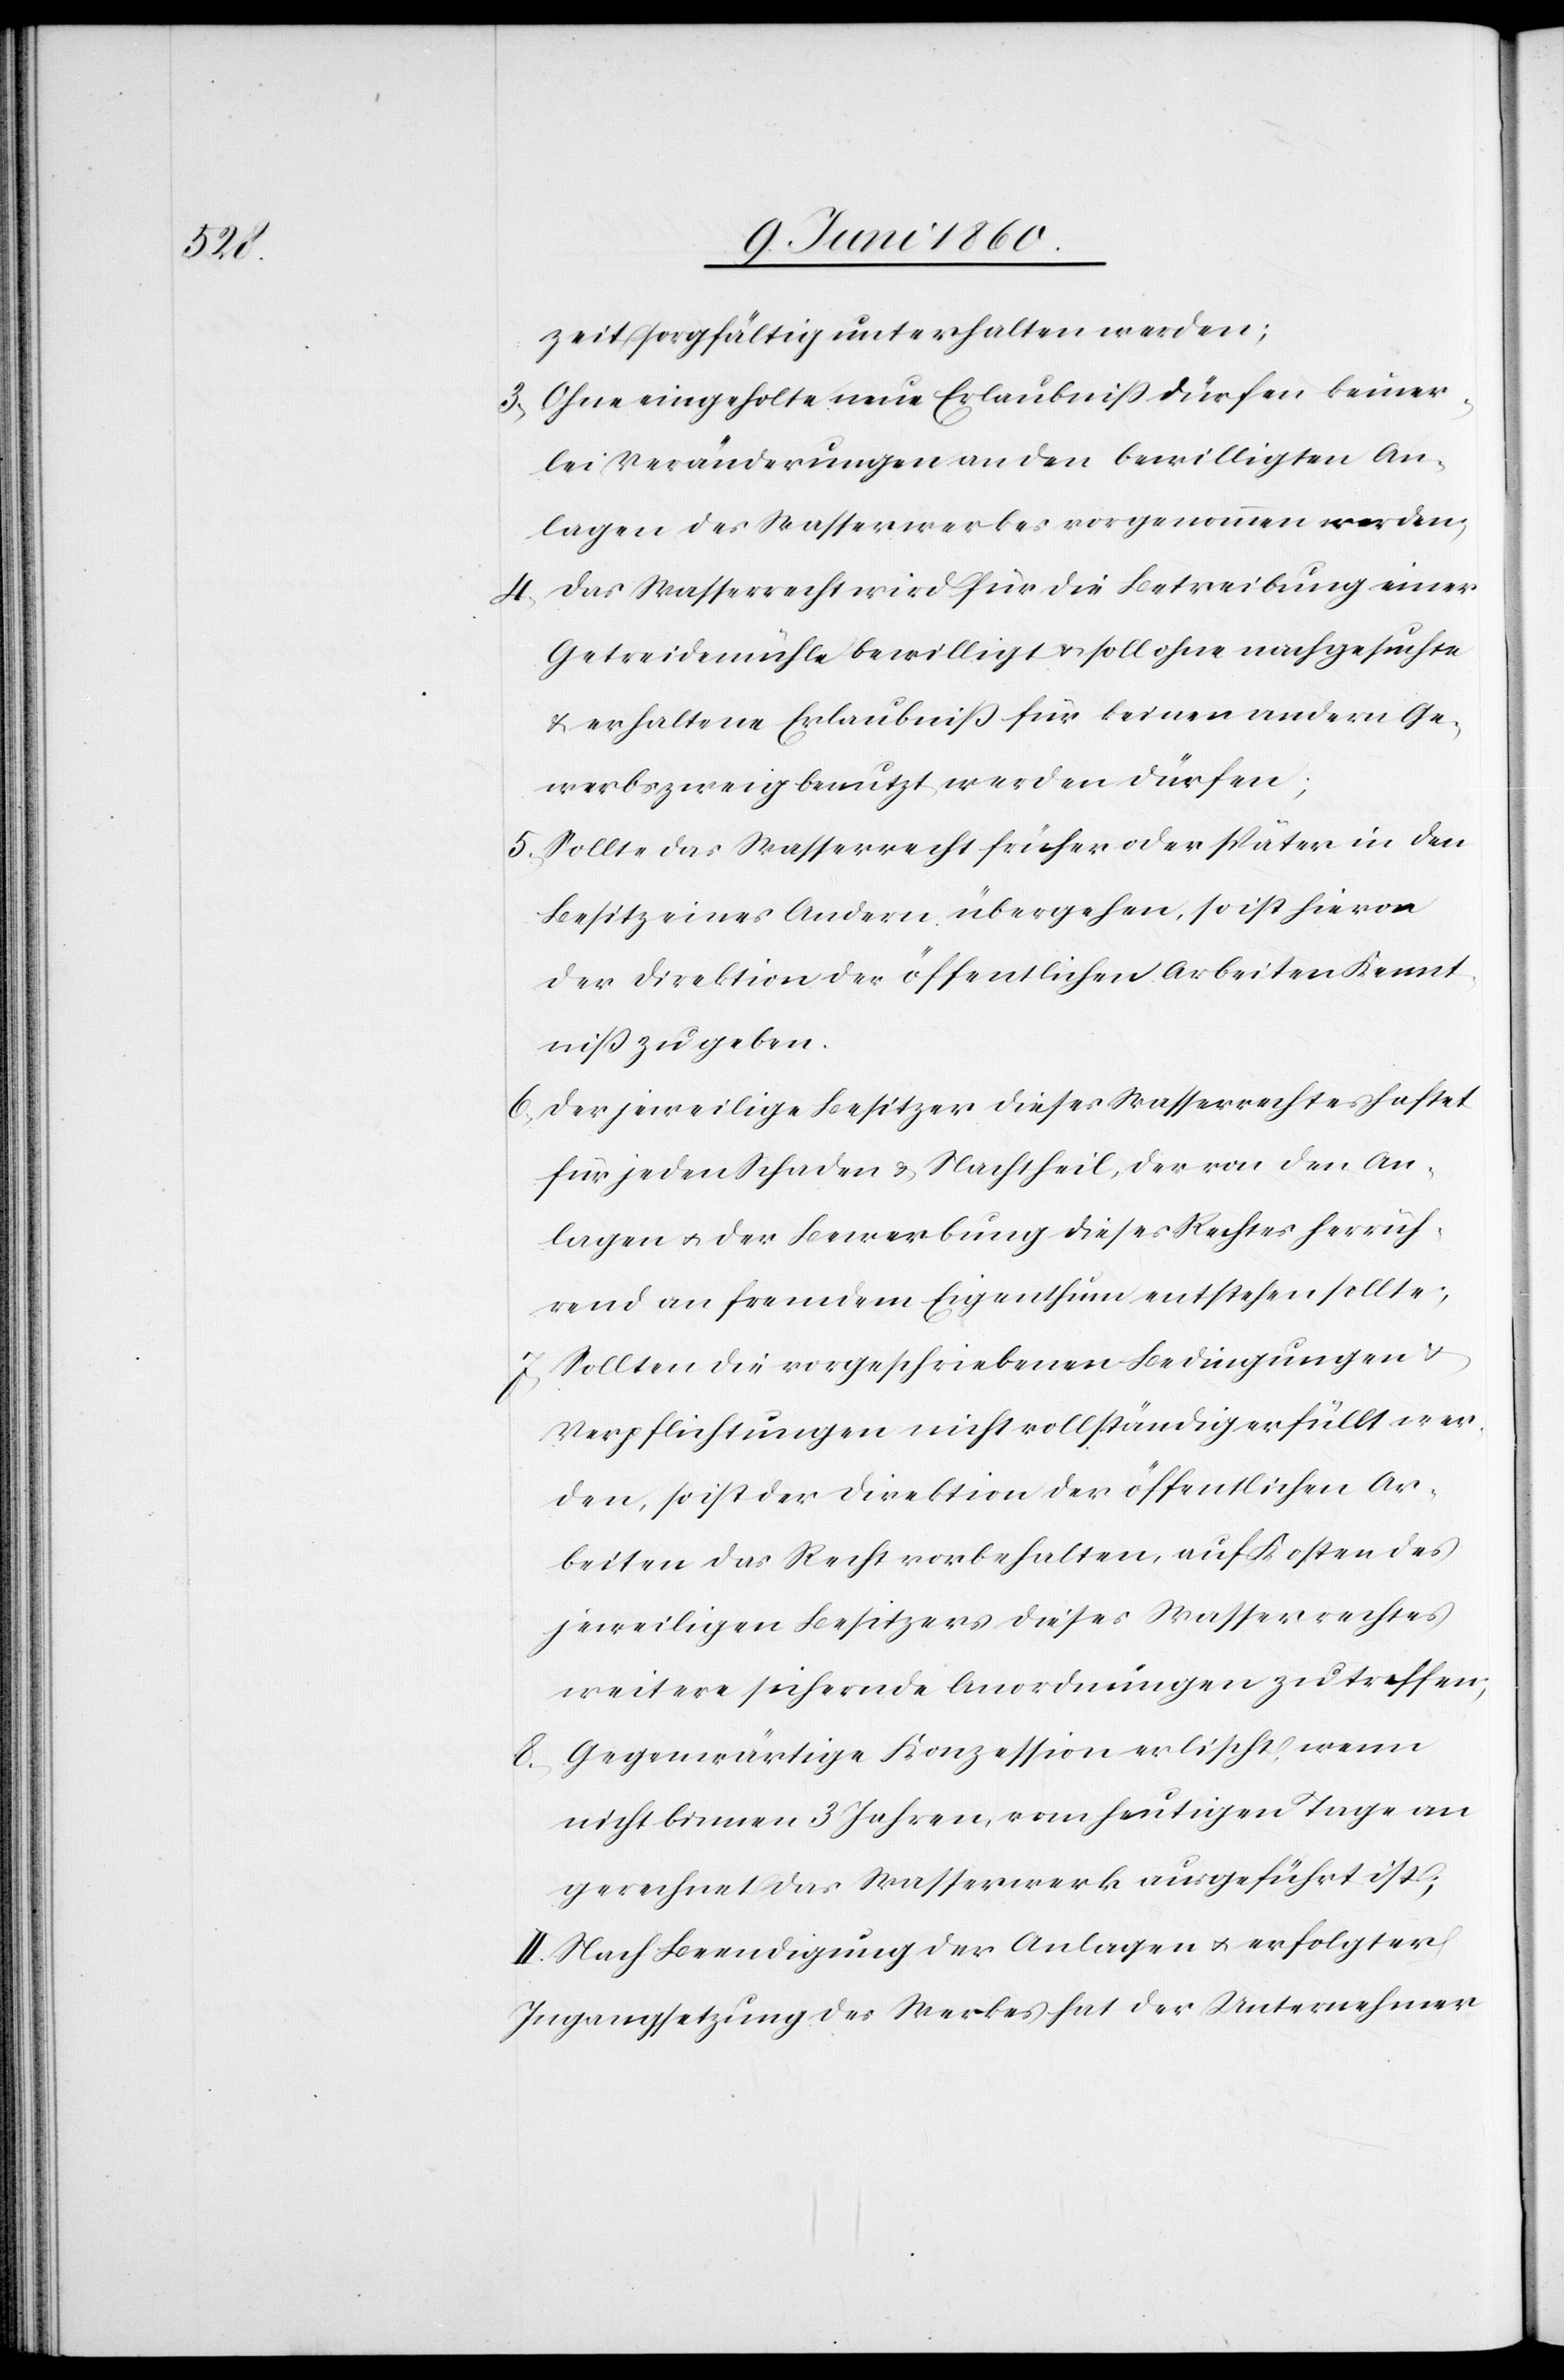
zeit sorgfältig unterhalten werden,
3. Ohne eingeholte neue Erlaubniss dürfen keiner¬
lei Veränderungen an den bewilligten An¬
lagen des Wasserwerkes vorgenommen werden,
4. Das Wasserrecht wird für die Betreibung einer
Getreidemühle bewilligt u. soll ohne nachgesuchte
und erhaltene Erlaubniss für keinen andern Ge¬
werbszweig benutzt werden dürfen;
5. Sollte das Wasserrecht früher oder später in den
Besitz eines Andern übergehen, so ist hievon
der Direktion der öffentlichen Arbeiten Kennt¬
niss zu geben.
6. Der jeweilige Besitzer dieses Wasserrechtes haftet
für jeden Schaden u. Nachtheil, der von den An¬
lagen u. der Bewerbung dieses Rechtes herrüh¬
rend an fremdem Eigenthum entstehen sollte;
7. Sollten die vorgeschriebenen Bedingungen u.
Verpflichtungen nicht vollständig erfüllt wer¬
den, so ist der Direktion der öffentlichen Ar¬
beiten das Recht vorbehalten, auf Kosten des
jeweiligen Besitzers dieses Wasserrechtes
weitere sichernde Anordnungen zu treffen;
8. Gegenwärtige Konzession erlischt, wenn
nicht binnen 3 Jahren, vom heutigen Tage an
gerechnet das Wasserwerk ausgeführt ist;
II. Nach Beendigung der Anlagen u. erfolgter
Ingangsetzung des Werkes hat der Unternehmer